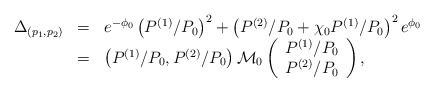
\begin{align*}\begin{array}{rcl}\Delta_{(p_1, p_2)} &=& e^{-\phi_0} \left(P^{(1)}/P_0 \right)^2 + \left(P^{(2)}/P_0 + \chi_0 P^{(1)}/P_0 \right)^2 e^{\phi_0} \\ &=& \left(P^{(1)}/P_0, P^{(2)} /P_0 \right) {\cal M}_0 \left(\begin{array}{c}P^{(1)}/P_0 \\ P^{(2)}/P_0\end{array}\right),\end{array} \end{align*}